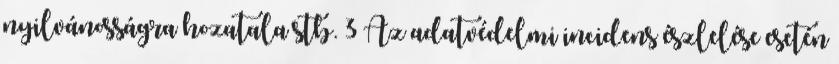
nyilvánosságra hozatala stb. 3 Az adatvédelmi incidens észlelése esetén